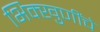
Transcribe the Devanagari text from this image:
भिक्खुणींचे